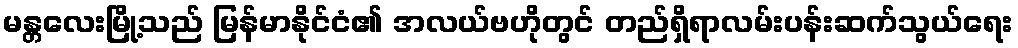
မန္တလေးမြို့သည် မြန်မာနိုင်ငံ၏ အလယ်ဗဟိုတွင် တည်ရှိရာလမ်းပန်းဆက်သွယ်ရေး